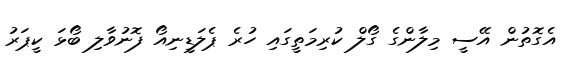
އެގޮތުން އޭސީ މިލާންގެ ގޯލް ކުރިމަތީގައި ހުރެ ޕެލަޑީނިއޯ ފޮނުވާލި ބޯޅަ ކީޕަރު